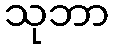
သုဘာ